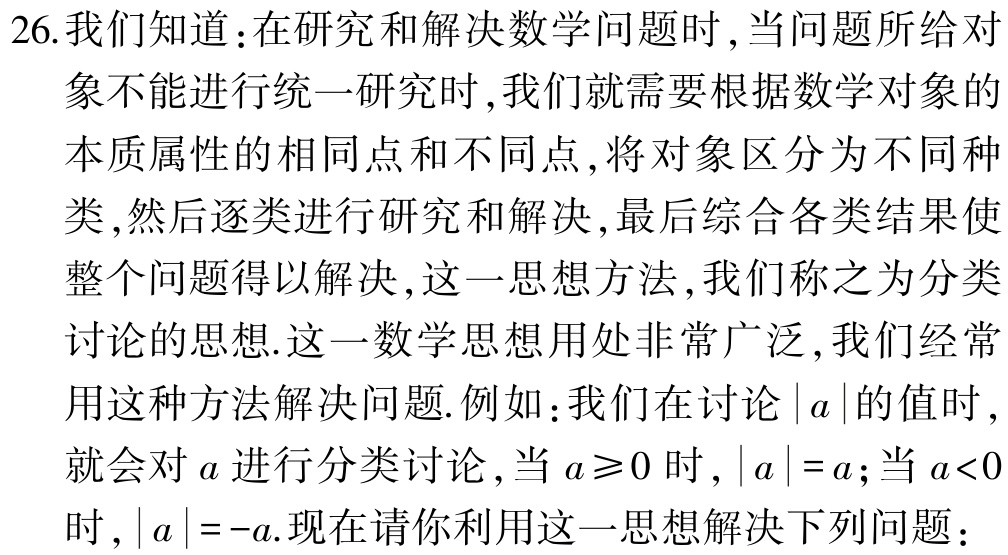
26.我们知道：在研究和解决数学问题时,当问题所给对
象不能进行统一研究时,我们就需要根据数学对象的
本质属性的相同点和不同点,将对象区分为不同种
类,然后逐类进行研究和解决,最后综合各类结果使
整个问题得以解决,这一思想方法,我们称之为分类
讨论的思想.这一数学思想用处非常广泛,我们经常
用这种方法解决问题.例如：我们在讨论\(\vert a\vert\)的值时,
就会对\(a\)进行分类讨论,当\(a\geq0\)时,\(\vert a\vert = a\);当\(a<0\)
时,\(\vert a\vert = -a\).现在请你利用这一思想解决下列问题：